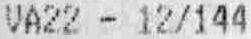
VA22 - 12/144